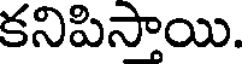
కనిపిసాయి.